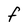
Character: F